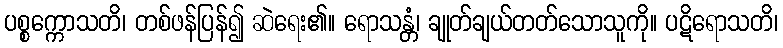
ပစ္စက္ကောသတိ၊ တစ်ဖန်ပြန်၍ ဆဲရေး၏။ ရောသန္တံ၊ ချုတ်ချယ်တတ်သောသူကို။ ပဋိရောသတိ၊